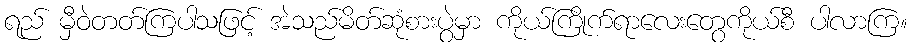
ရည် မှီဝဲတတ်ကြပါသဖြင့် အဲသည်မိတ်ဆုံစားပွဲမှာ ကိုယ်ကြိုက်ရာလေးတွေကိုယ်စီ ပါလာကြ။